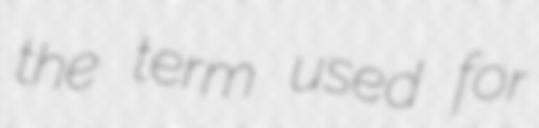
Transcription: the term used for